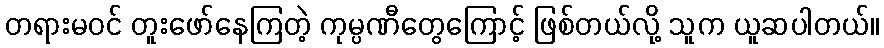
တရားမဝင် တူးဖော်နေကြတဲ့ ကုမ္ပဏီတွေကြောင့် ဖြစ်တယ်လို့ သူက ယူဆပါတယ်။